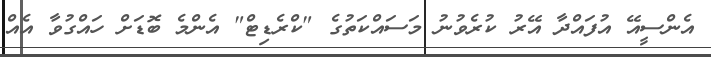
އެންސީއޭ އުފައްދާ އޭރު ކުރެވުނު މަސައްކަތުގެ "ކްރެޑިޓް" އެންމެ ބޮޑަށް ހައްގުވާ އެއް